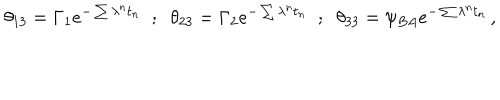
LaTeX: \theta _ { 1 3 } = \Gamma _ { 1 } e ^ { - \sum \lambda ^ { n } t _ { n } } \; \; ; \; \; \theta _ { 2 3 } = \Gamma _ { 2 } e ^ { - \sum \lambda ^ { n } t _ { n } } \; \; ; \; \; \theta _ { 3 3 } = \psi _ { B A } e ^ { - \sum \lambda ^ { n } t _ { n } } \, ,